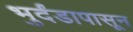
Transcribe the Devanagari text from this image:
भुर्दंडापासून